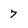
Character: 7